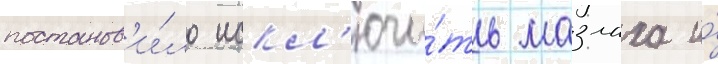
постанов'и́ло искл'ючи́ть мазлаха и́